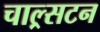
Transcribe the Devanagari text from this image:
चाल्र्सटन